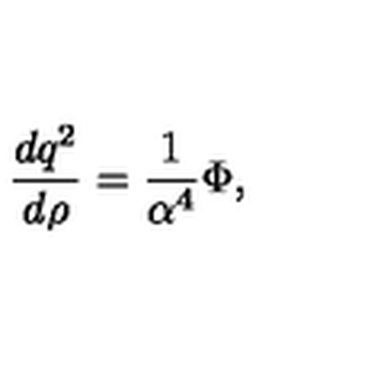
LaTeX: { \frac { d q ^ { 2 } } { d \rho } } = { \frac { 1 } { \alpha ^ { 4 } } } \Phi ,